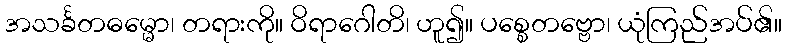
အသင်္ခတဓမ္မော၊ တရားကို။ ဝိရာဂေါတိ၊ ဟူ၍။ ပစ္စေတဗ္ဗော၊ ယုံကြည်အပ်၏။